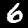
Digit: 6